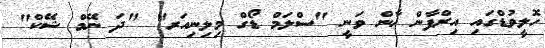
ހޮލީވުޑްގައި އިރްފާން ޚާން ވަނީ "ސްލަމް ޑޯގް މިލިނިއަރ" "ދަ ނޭމް ޝޭކް"